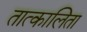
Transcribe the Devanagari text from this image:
तात्कालिता